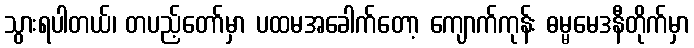
သွားရပါတယ်၊ တပည့်တော်မှာ ပထမအခေါက်တော့ ကျောက်ကုန်း ဓမ္မမေဒနီတိုက်မှာ